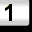
Digit: 1